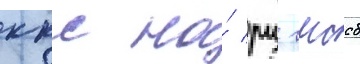
ккс на́ рц гмссб